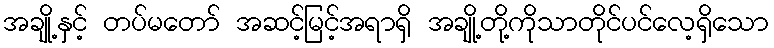
အချို့နှင့် တပ်မတော် အဆင့်မြင့်အရာရှိ အချို့တို့ကိုသာတိုင်ပင်လေ့ရှိသော